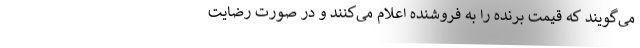
می‌گویند که قیمت برنده را به فروشنده اعلام می‌کنند و در صورت رضایت